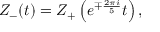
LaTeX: Z _ { - } ( t ) = Z _ { + } \left( e ^ { \mp { \frac { 2 \pi i } { 5 } } } t \right) ,